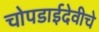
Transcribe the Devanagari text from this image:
चोपडाईदेवीचे